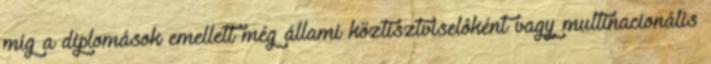
míg a diplomások emellett még állami köztisztviselôként vagy multinacionális